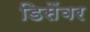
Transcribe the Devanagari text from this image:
डिसेंवर